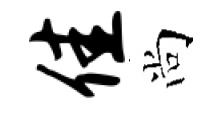
佳尚